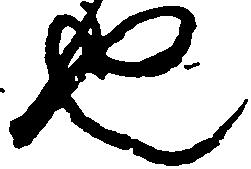
也